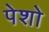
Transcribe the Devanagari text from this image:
पेशो